Medical and sanitary report of the native army of Bengal for the year
Year: 1875
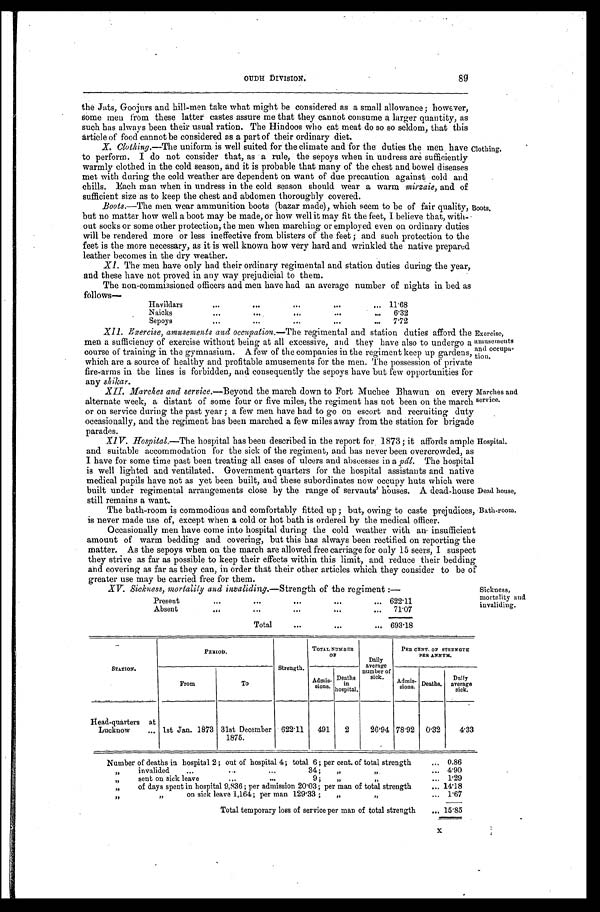
89
OUDH DIVISION.
the Jats, Goojurs and hill-men take what might be considered as a small allowance; however,
some men from these latter castes assure me that they cannot consume a larger quantity, as
such has always been their usual ration. The Hindoos who eat meat do so so seldom, that this
article of food cannot be considered as a part of their ordinary diet.
X. Clothing.—The uniform is well suited for the climate and for the duties the men have
to perform. I do not consider that, as a rule, the sepoys when in undress are sufficiently
warmly clothed in the cold season, and it is probable that many of the chest and bowel diseases
met with during the cold weather are dependent on want of due precaution against cold and
chills. Each man when in undress in the cold season should wear a warm mirzaie, and of
suff icient size as to keep the chest and abdomen thoroughly covered.
Clothing.
Boots .—The men wear ammunition boots (bazar made), which seem to be of fair quality,
but no matter how well a boot may be made, or how well it may fit the feet, I believe that, with-
-out socks or some other protection, the men when marching or employed even on ordinary duties
will be rendered more or less ineffective from blisters of the feet ; and such protection to the
feet is the more necessary, as it is well known how very hard and wrinkled the native prepared
leather becomes in the dry weather.
XI . The men have only had their ordinary regimental and station duties during the year,
and these have not proved in any way prejudicial to them.
The non-commissioned officers and men have had an average number of nights in bed as
follows—
Havildars . . .
11.68
Naicks . . .
6.32
Sepoys . . .
7.72
XII. Exercise, amusements and occupation .—The regimental and station duties afford the
men a sufficiency of exercise without being at all excessive, and they have also to undergo a
course of training in the gymnasium. A few of the companies in the regiment keep up gardens,
which are a source of healthy and profitable amusements for the men. The possession of private
fire-arms in the lines is forbidden, and consequently the sepoys have but few opportunities for
any shik ar.
X1 1 . Ma r c h e s a n d s e r v i c e. — B e y o n d
t h e m a r c h d o w n t o F o r t M u c h e e B h a w u n o n e v e r y
alternate week, a distant of some four or five miles, the regiment has not been on the march
or on service during the past year ; a few men have had to go on escort and recruiting duty
occasionally, and the regiment has been marched a few miles away from the station for brigade
parades.
Boots.
Exercise,
amusements
and occupa-
tion.
Marches and
service.
XIV. Hospital.—The hospital has been described in the report for 1873 ; it affords ample
and suitable accommodation for the sick of the regiment, and has never been overcrowded, as
I have for some time past been treating all cases of ulcers and abscesses in a pâl. The hospital
is well lighted and ventilated. Government quarters for the hospital assistants and native
medical pupils have not as yet been built, and these subordinates now occupy huts which were
built under regimental arrangements close by the range of servants' houses. A dead-house
still remains a want.
The bath-room is commodious and comfortably fitted up ; but, owing to caste prejudices,
is never made use of, except when a cold or hot bath is ordered by the medical officer.
Occasionally men have come into hospital during the cold weather with an insufficient
amount of warm bedding and covering, but this has always been rectified on reporting the
matter. As the sepoys when on the march are allowed free carriage for only 15 seers, I suspect
they strive as far as possible to keep their effects within this limit, and reduce their bedding
and covering as far as they can, in order that their other articles which they consider to be of
greater use may be carried free for them.
XV. Sickness, mortality and invaliding.—Strength of the regiment :—
Present
.
.
. 622.11
Absent
.
.
.
71.07
Total . . . 693.18
STATION.
PERIOD .
Strength.
TOTAL NUMBER
OP
Daily
average
number of
sick.
PER CENT. OF STRENGTH
PER ANNUM.
From
To
Admis-
sions.
Deaths
in
hospital.
Admis-
sions.
Deaths.
Daily
average
sick.
Head-quarters at
Lucknow . . . 1st Jan. 1873 31st December
1875.
622.11
491
2
26.94 78.92 0.32
4.33
Number of deaths in hospital 2; out of hospital 4; total 6; per cent. of total strength . . . 0.86
" . . .
4.90
sent on sick leave . . . 9 ; " " . . . 1.29
" of days spent in hospital 9,836 ; per admission 20.03 ;p e r m a n
o f
t o t a l s t r e n g t h . . . 14.18
" " on sick leave 1,164 ; per man 129.33 ; " " 1.67
Total temporary loss of service per man of total strength . . . 15.85
Hospital.
Dead house.
Bath-room.
Sickness,
mortality and
invaliding.